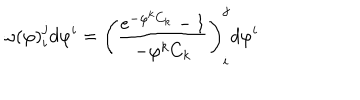
\omega ( \varphi ) _ { i } ^ { j } d \varphi ^ { i } = \left( \frac { e ^ { - \varphi ^ { k } C _ { k } } - 1 } { - \varphi ^ { k } C _ { k } } \right) _ { i } ^ { j } d \varphi ^ { i }